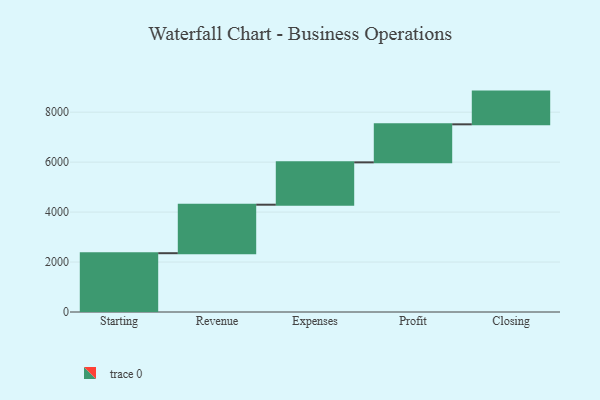
{"axis": {"x": "Step", "y": "Value"}, "legend": [""], "data": [{"x": "Starting", "y": 2354.0, "type": ""}, {"x": "Revenue", "y": 1942.0, "type": ""}, {"x": "Expenses", "y": 1695.0, "type": ""}, {"x": "Profit", "y": 1523.0, "type": ""}, {"x": "Closing", "y": 1310.0, "type": ""}]}